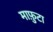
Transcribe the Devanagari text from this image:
माफ़ुटा